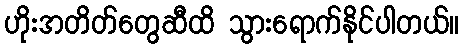
ဟိုးအတိတ်တွေဆီထိ သွားရောက်နိုင်ပါတယ်။